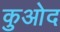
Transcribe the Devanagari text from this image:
कुओद